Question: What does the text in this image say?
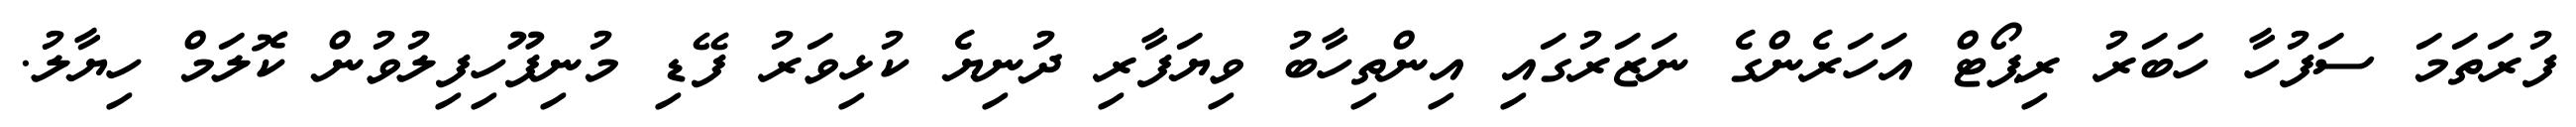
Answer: ފުރަތަމަ ސަފުހާ ހަބަރު ރިޕޯޓް އަހަރެންގެ ނަޒަރުގައި އިންތިހާބު ވިޔަފާރި ދުނިޔެ ކުޅިވަރު ފޭޑި މުނިފޫހިފިލުވުން ކޮލަމް ހިޔާލު.